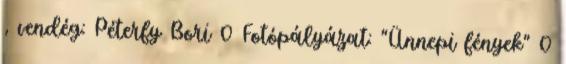
, vendég: Péterfy Bori 0 Fotópályázat: “Ünnepi fények” 0